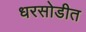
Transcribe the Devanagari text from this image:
धरसोडीत